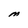
Character: M